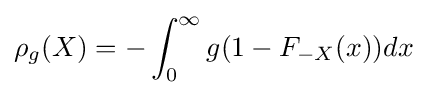
\rho _{g}(X)=-\int _{0}^{\infty }g(1-F_{-X}(x))dx